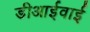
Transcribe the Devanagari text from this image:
डीआईवाई